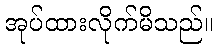
အုပ်ထားလိုက်မိသည်။